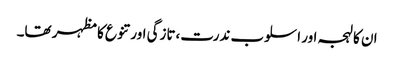
ان کا لہجہ اور اسلوب ندرت،تازگی اور تنوع کا مظہر تھا۔